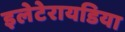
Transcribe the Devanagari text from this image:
इलेटेरायडिया